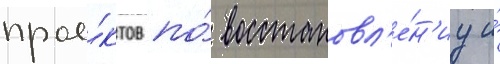
прое́ктов по́ восстановл'е́н'иу и́